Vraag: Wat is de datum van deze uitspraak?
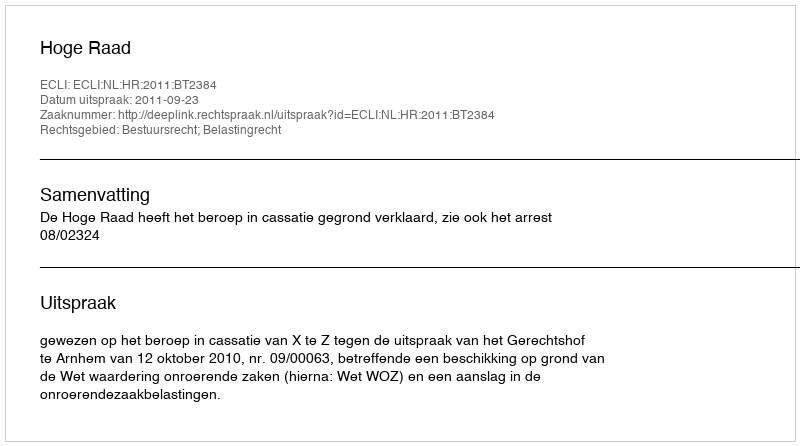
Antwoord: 2011-09-23